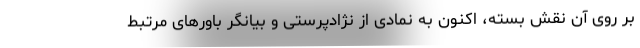
بر روی آن نقش بسته، اکنون به نمادی از نژادپرستی و بیانگر باورهای مرتبط